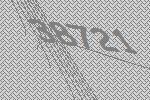
38721